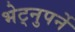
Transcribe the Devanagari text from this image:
भेट्नुपर्ने